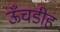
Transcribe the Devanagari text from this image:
ऊँचडीह